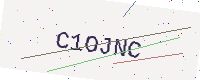
Text: C1OJNC